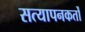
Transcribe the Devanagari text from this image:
सत्यापनकर्तों